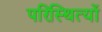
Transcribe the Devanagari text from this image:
परिस्थित्यों